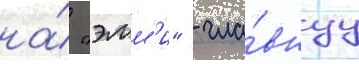
на́ "эмм'и" - гла́внуу